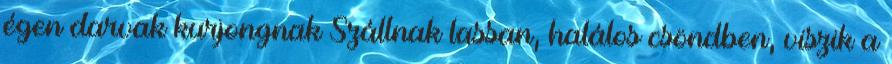
égen darvak kurjongnak Szállnak lassan, halálos csöndben, viszik a